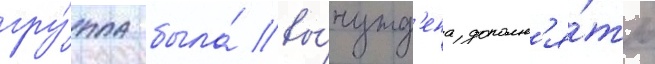
гру́ппа была́ вы́нужд'ена дополн'я́ть